Report of the Indian Hemp Drugs Commission, 1894-1895 - Volume I
Year: 1894
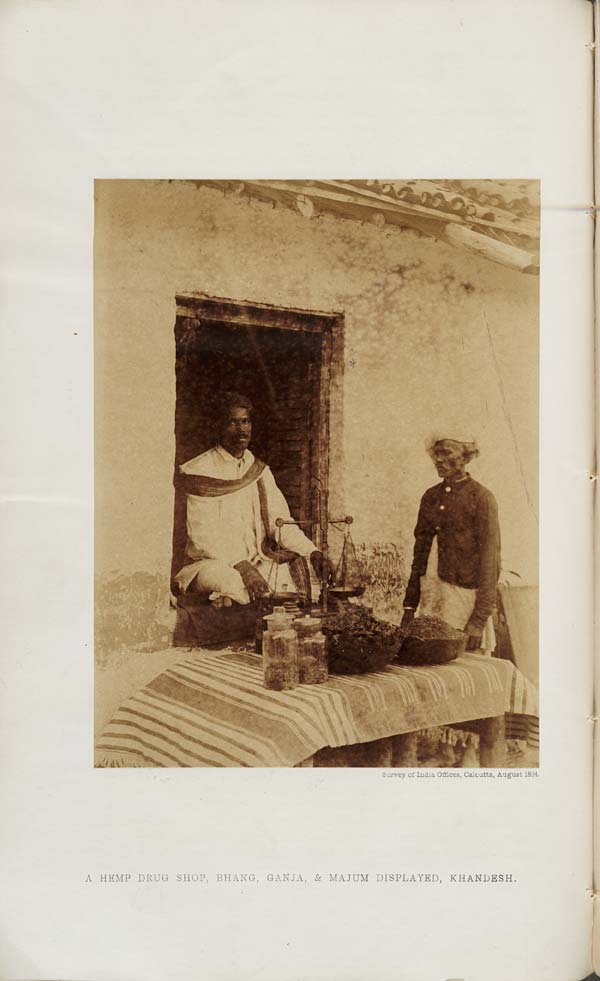
Survey pf India Offices, Calcutta, August 1894.
A HEMP DRUG SHOP, BHANG, GANJA, & MAJUM DISPLAYED, KHANDBSH.